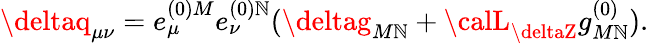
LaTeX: \deltaq_{\mu\nu}=e_{\mu}^{(0)M}e_{\nu}^{(0)\mathbb{N}}(\deltag_{M\mathbb{N}}+{\calL}_{\deltaZ}g_{M\mathbb{N}}^{(0)}).